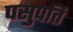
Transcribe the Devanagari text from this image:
पसुपति